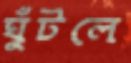
ঘুঁটলে